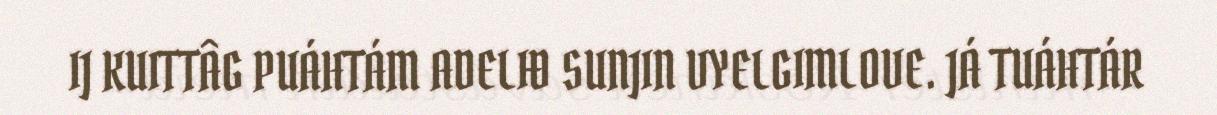
IJ KUITTÂG PUÁHTÁM ADELIĐ SUNJIN VYELGIMLOVE. JÁ TUÁHTÁR